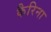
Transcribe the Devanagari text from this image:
कैरिना